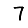
Digit: 7